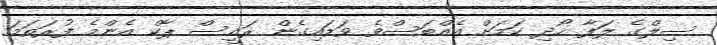
ސިލްގެ ލަފާ ހޯދި ކަމަށް އެއްބަސްވެ ވަޑައިގެން ރައީސް ޕާކް އެންމެ ފުރަތަމަ